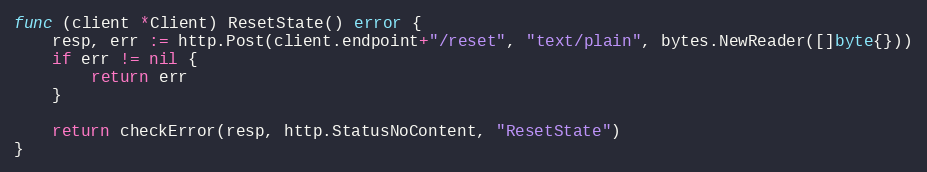
Language: Go
func (client *Client) ResetState() error {
	resp, err := http.Post(client.endpoint+"/reset", "text/plain", bytes.NewReader([]byte{}))
	if err != nil {
		return err
	}

	return checkError(resp, http.StatusNoContent, "ResetState")
}